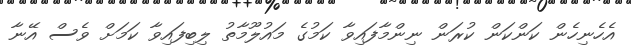
އެހެނިހެން ކަންކަން ކުރަން ނިންމާފައިވާ ކަމުގެ މައުލޫމާތު ލިބިފައިވާ ކަމަށް ވެސް އޭނާ